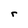
Character: r